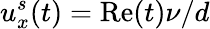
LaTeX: u_{x}^{s}(t)=\mathrm{Re}(t)\nu/d